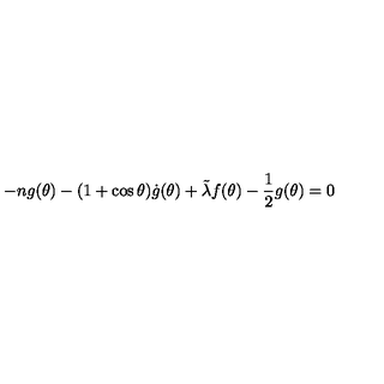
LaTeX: - n g ( \theta ) - ( 1 + \cos \theta ) \dot { g } ( \theta ) + \tilde { \lambda } f ( \theta ) - \frac { 1 } { 2 } g ( \theta ) = 0